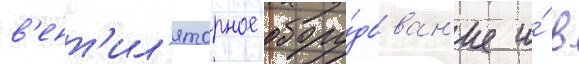
в'ент'ил'яторное обору́дован'ие и́ в